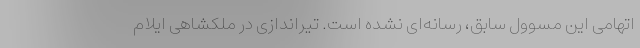
اتهامی این مسوول سابق، رسانه‌ای نشده است. تیراندازی در ملکشاهی ایلام